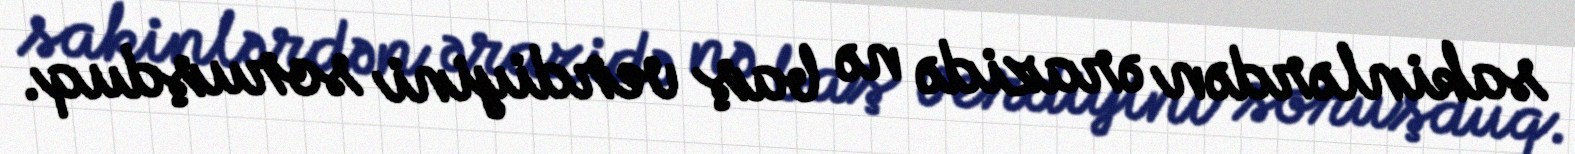
sakinlərdən ərazidə nə baş verdiyini soruşduq.